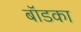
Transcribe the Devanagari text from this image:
बॉडका